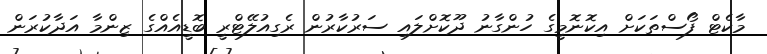
މާކެޓް ފޯސްތަކަށް އިކޮނޮމީގެ ހުންގާނު ދޫކޮށްލައި ސަރުކާރުން ރެގިއުލޭޓްރީ ބޮޑީއެއްގެ ޒިންމާ އަދާކުރަން